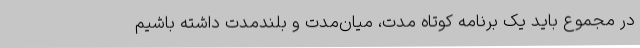
در مجموع باید یک برنامه کوتاه مدت، میان‌مدت و بلندمدت داشته باشیم